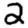
Digit: 2